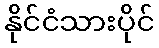
နိုင်ငံသားပိုင်